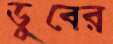
ডুবের